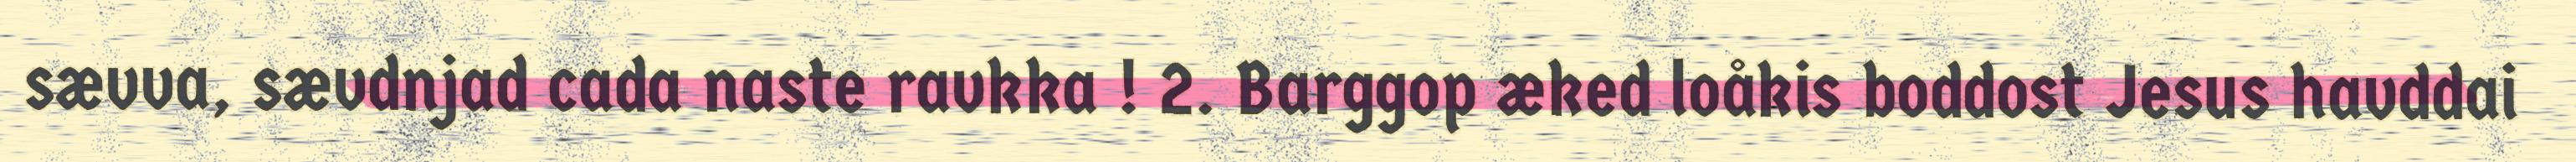
sævva, sævdnjad cada naste ravkka ! 2. Barggop æked loåkis boddost Jesus havddai